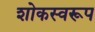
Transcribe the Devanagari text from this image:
शोकस्वरूप